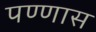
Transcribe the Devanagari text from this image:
पण्णास